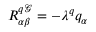
R _ { \alpha \beta } ^ { q \mathcal { G } } = - \lambda ^ { q } q _ { \alpha }